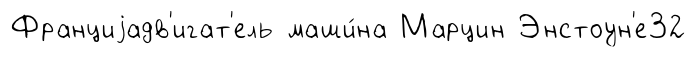
Франциjадв'игат'ель маши́на Марцин Энстоун'е32